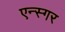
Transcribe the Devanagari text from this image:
एन्स्गर